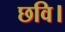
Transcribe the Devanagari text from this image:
छवि।